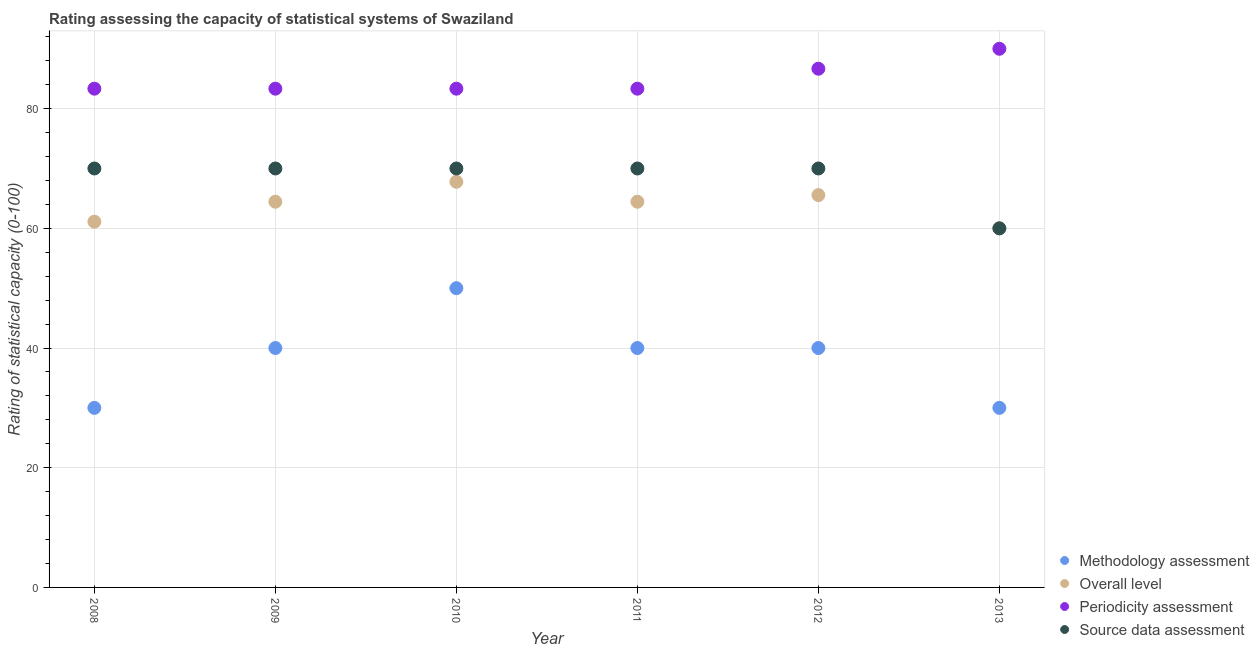
| Year | Methodology assessment | Overall level | Periodicity assessment | Source data assessment |
 | --- | --- | --- | --- | --- |
 | 2008 | 30 | 61.1 | 83.3 | 70 |
 | 2009 | 40 | 64.4 | 83.3 | 70 |
 | 2010 | 50 | 67.8 | 83.3 | 70 |
 | 2011 | 40 | 64.4 | 83.3 | 70 |
 | 2012 | 40 | 65.6 | 86.7 | 70 |
 | 2013 | 30 | 60 | 90 | 60 |